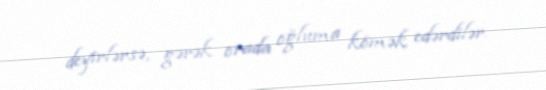
deyirlərsə, gərək orada oğluma kömək edərdilər.